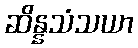
ဆိန္နသံသယာ